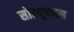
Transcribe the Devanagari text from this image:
सोल्यूषणस